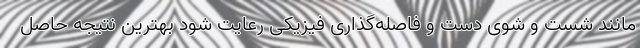
مانند شست و شوی دست و فاصله‌گذاری فیزیکی رعایت شود بهترین نتیجه حاصل